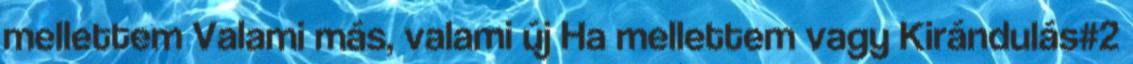
mellettem Valami más, valami új Ha mellettem vagy Kirándulás#2